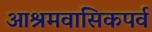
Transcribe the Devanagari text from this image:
आश्रमवासिकपर्व